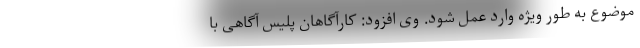
موضوع به طور ویژه وارد عمل شود. وی افزود: کارآگاهان پلیس آگاهی با